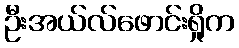
ဦးအယ်လ်ဖောင်းရှိုက